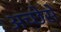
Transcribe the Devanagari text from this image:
अच्छेसे